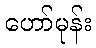
ဟော်မုန်း